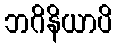
ဘဂိနိယာပိ